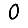
Digit: 0